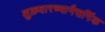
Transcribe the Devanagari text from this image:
शुक्रवारच्यानैसर्गिक